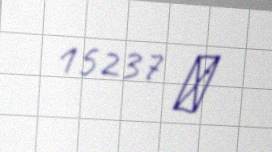
15237 ₼